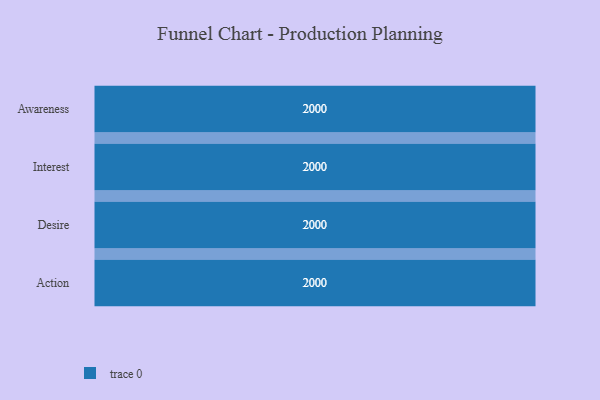
{"axis": {"x": "Stage", "y": "Value"}, "legend": [""], "data": [{"x": "Awareness", "y": 2000, "type": ""}, {"x": "Interest", "y": 2000, "type": ""}, {"x": "Desire", "y": 2000, "type": ""}, {"x": "Action", "y": 2000, "type": ""}]}